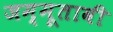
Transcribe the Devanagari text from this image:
जम्मूतावी